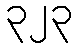
၃၂၃